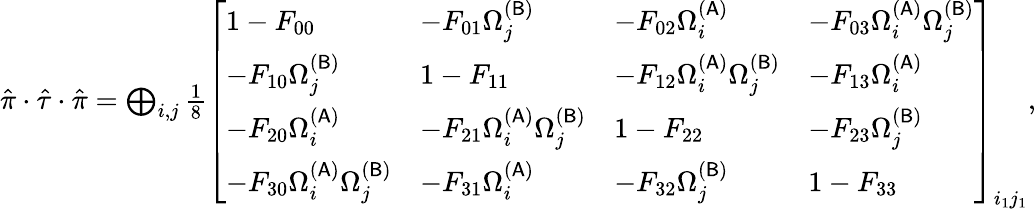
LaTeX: \begin{array}{r}{\hat{\pi}\cdot\hat{\tau}\cdot\hat{\pi}=\bigoplus_{i,j}\frac{1}{8}\left[\begin{array}{llll}{1-F_{00}}&{-F_{01}\Omega_{j}^{(\mathsf{B})}}&{-F_{02}\Omega_{i}^{(\mathsf{A})}}&{-F_{03}\Omega_{i}^{(\mathsf{A})}\Omega_{j}^{(\mathsf{B})}}\\ {-F_{10}\Omega_{j}^{(\mathsf{B})}}&{1-F_{11}}&{-F_{12}\Omega_{i}^{(\mathsf{A})}\Omega_{j}^{(\mathsf{B})}}&{-F_{13}\Omega_{i}^{(\mathsf{A})}}\\ {-F_{20}\Omega_{i}^{(\mathsf{A})}}&{-F_{21}\Omega_{i}^{(\mathsf{A})}\Omega_{j}^{(\mathsf{B})}}&{1-F_{22}}&{-F_{23}\Omega_{j}^{(\mathsf{B})}}\\ {-F_{30}\Omega_{i}^{(\mathsf{A})}\Omega_{j}^{(\mathsf{B})}}&{-F_{31}\Omega_{i}^{(\mathsf{A})}}&{-F_{32}\Omega_{j}^{(\mathsf{B})}}&{1-F_{33}}\end{array}\right]_{i_{1}j_{1}},}\end{array}